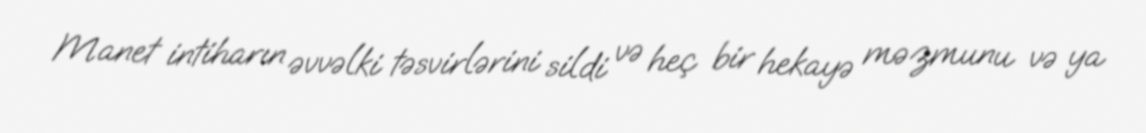
Manet intiharın əvvəlki təsvirlərini sildi və heç bir hekayə məzmunu və ya